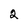
Character: 2